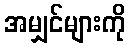
အမျှင်များကို